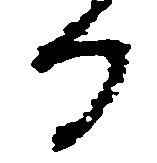
る